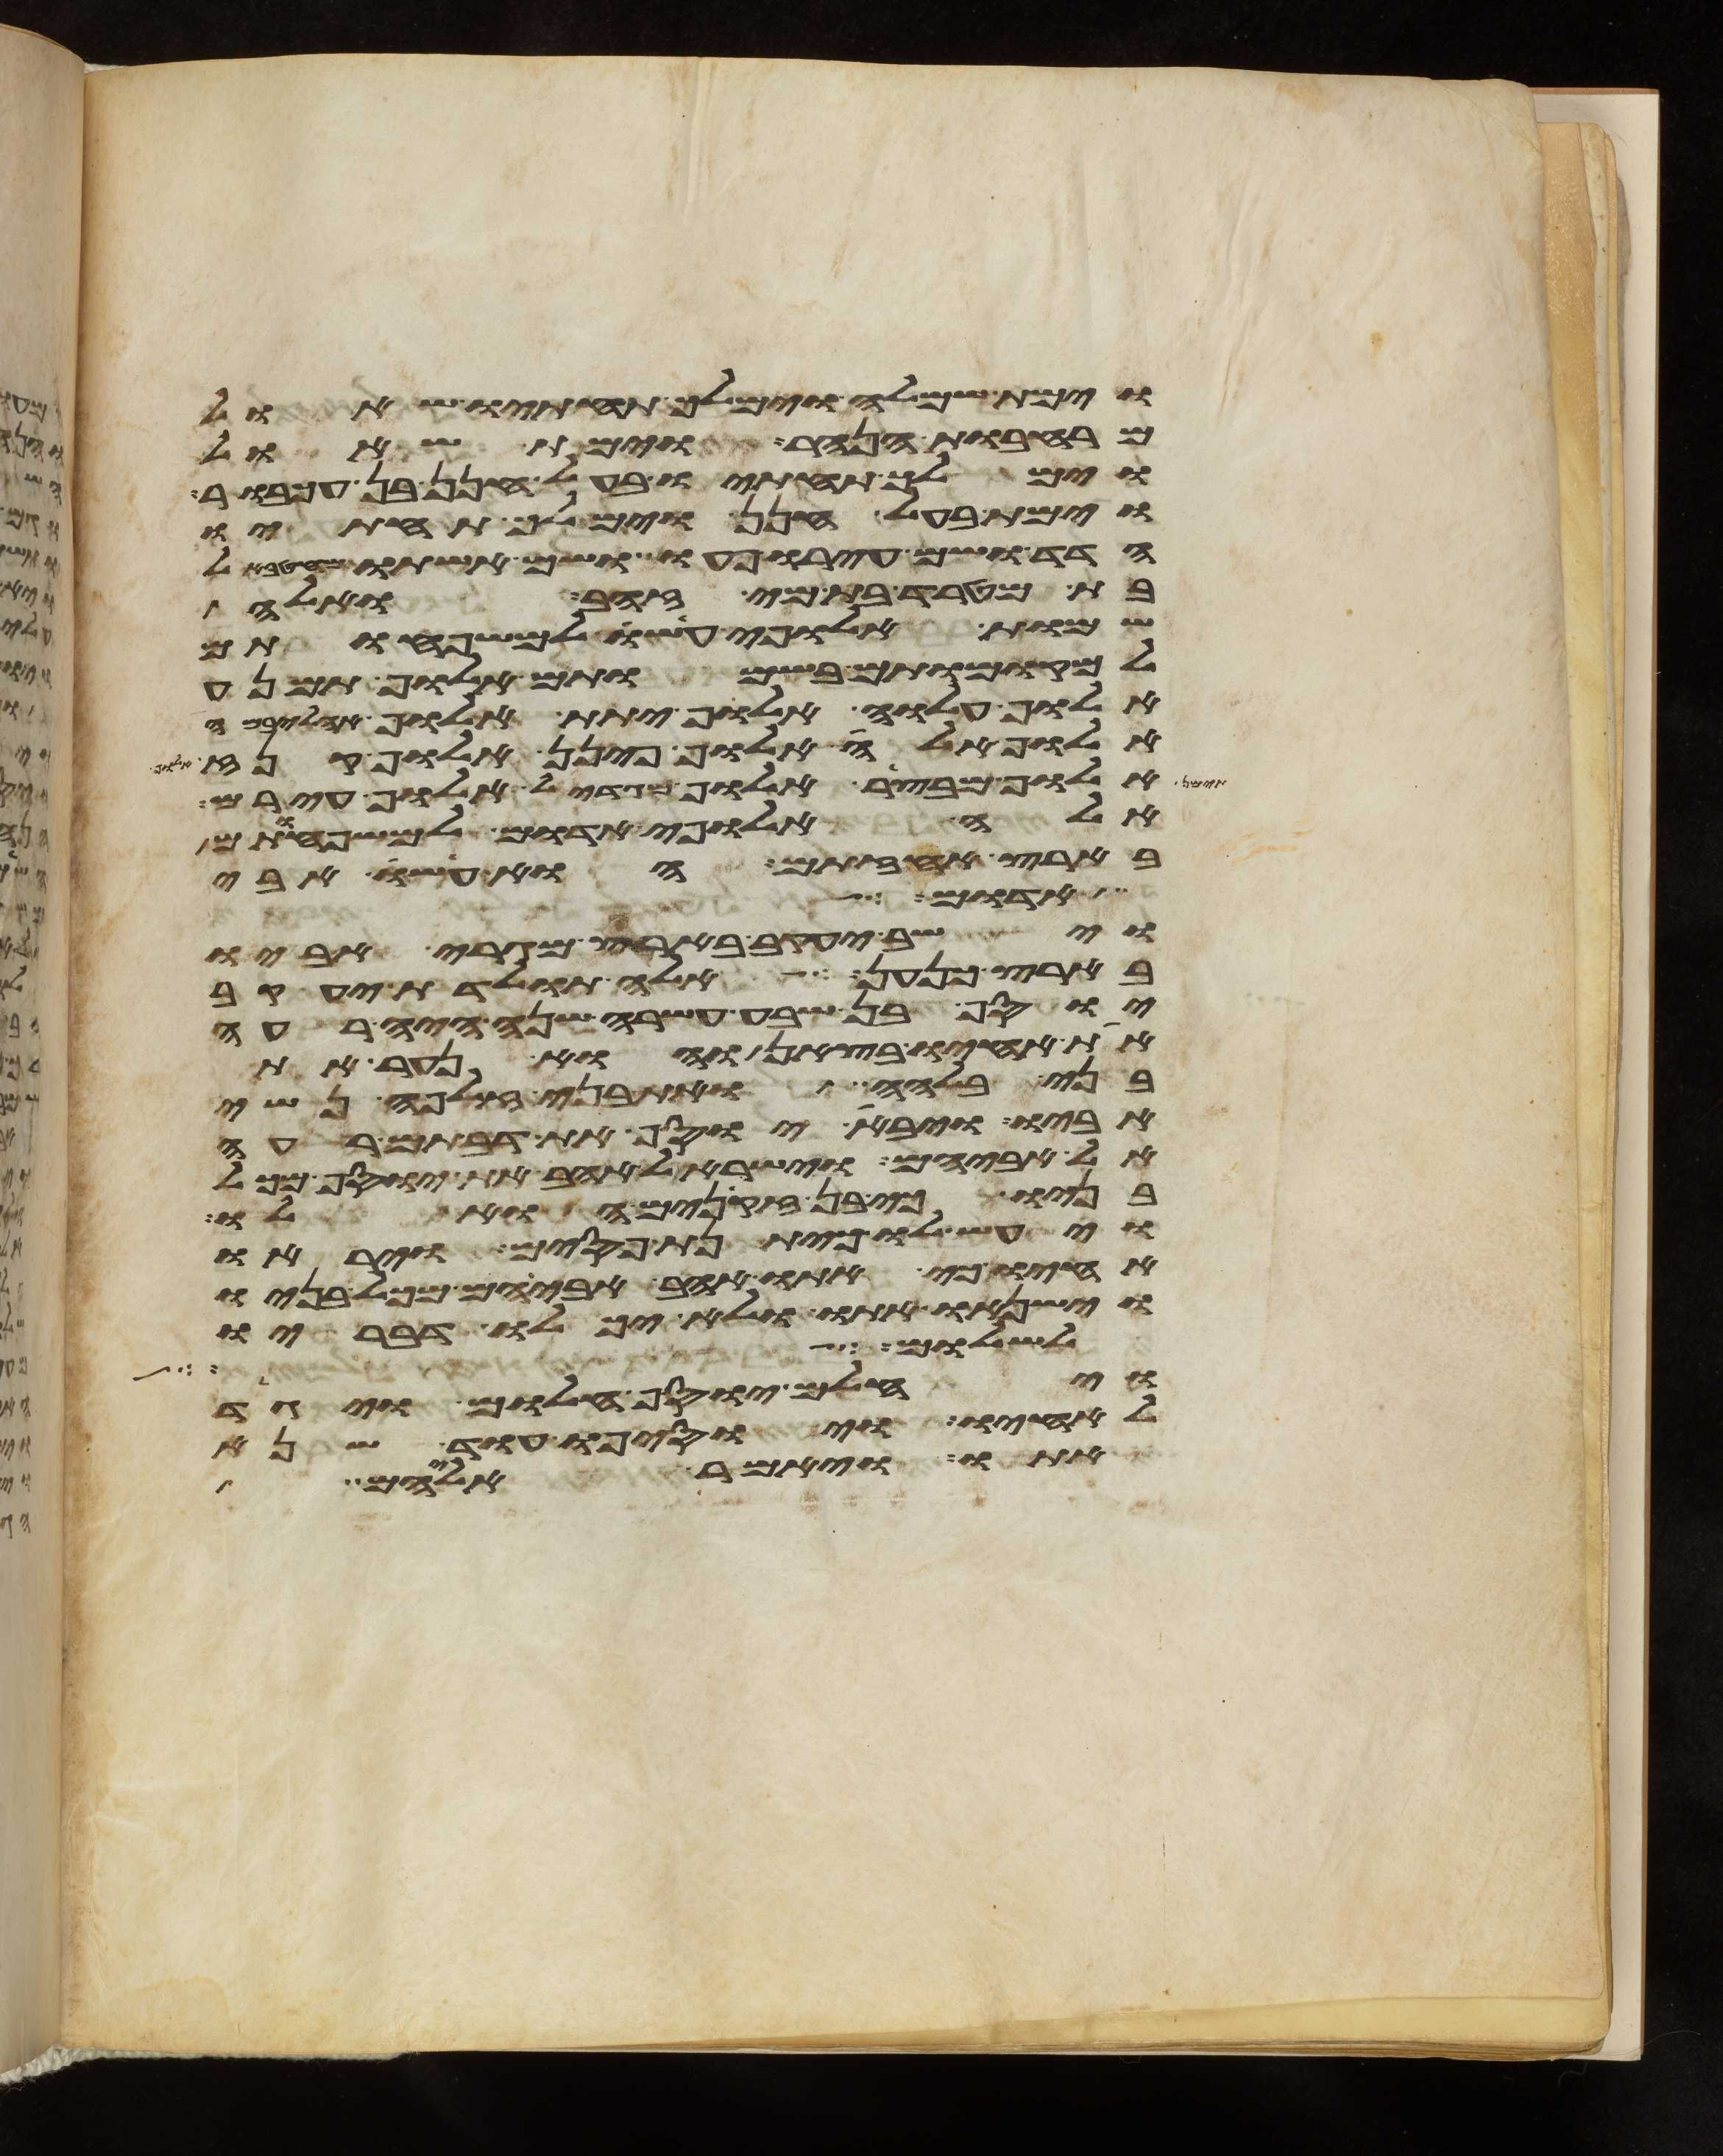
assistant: וימת שמלה וימלך תחתיו שאול
מרחבות הנהר וימת שאול
וימלך תחתיו בעל חנן בן עכבור
וימת בעל חנן וימלך תחתיו
הדד ושם עירו פעו ושם אשתו מהטבאל
בת מטרד בת מי זהב ואלה
שמות אלופי עשו למשפחותם
למקומותם בשמותם אלוף תמנע
אלוף עלוה אלוף יתת אלוף אהליבמה
אלוף אלה אלוף פינן אלוף קנז
אלוף מבצר אלוף מגדאל אלוף עירם
אלה אלופי אדום למשפחותם
בארץ אחזתם הוא עשו אבי
אדום
וישב יעקב בארץ מגרי אביו
בארץ כנען אלה תולדת יעקב
יוסף בן שבע עשרה שנה היה רעה
את אחיו בצאן והוא נער את
בני בלהה ואת בני זלפה נשי
אביו ויבא יוסף את דבתם רעה
אל אביהם וישראל אהב את יוסף מכל
בניו כי בן זקנים הוא לו
ויעש לו כיתנת פסים ויראו
אחיו כי אתו אהב אביהם מכל בניו
וישנאו אתו ולא יכלו דבריו
מום ואשר לא עלה
ויחלם יוסף חלום ויגד
לאחיו ויוסיפו עוד שנא
אתו ויאמר אליהם